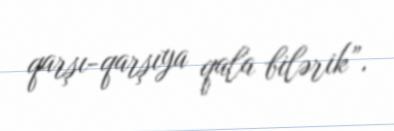
qarşı-qarşıya qala bilərik”.